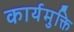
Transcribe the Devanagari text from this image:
कार्यमुक्ति